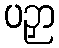
ပဉှာ